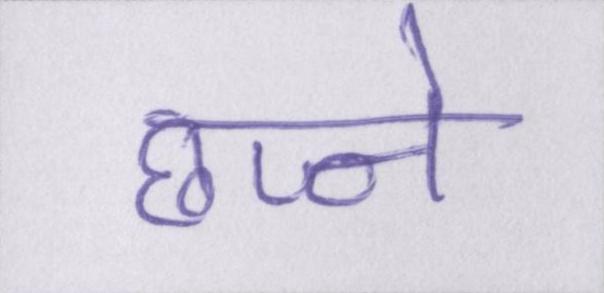
छज्जे